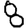
Digit: 8